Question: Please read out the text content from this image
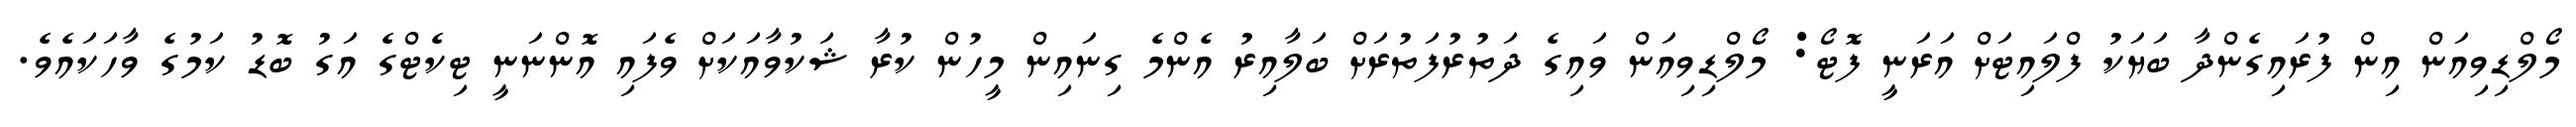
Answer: މޯލްޑިވިއަން އިން ފުރައިގެންދާ ބަޔަކު ފްލައިޓަށް އަރަނީ ފޮޓޯ: މޯލްޑިވިއަން ވައިގެ ދަތުރުފަތުރަށް ބަލާއިރު އެންމެ ގިނައިން މީހުން ކުރާ ޝަކުވާއަކަށް ވެފައި އޮންނަނީ ޓިކެޓްގެ އަގު ބޮޑު ކަމުގެ ވާހަކައެވެ.